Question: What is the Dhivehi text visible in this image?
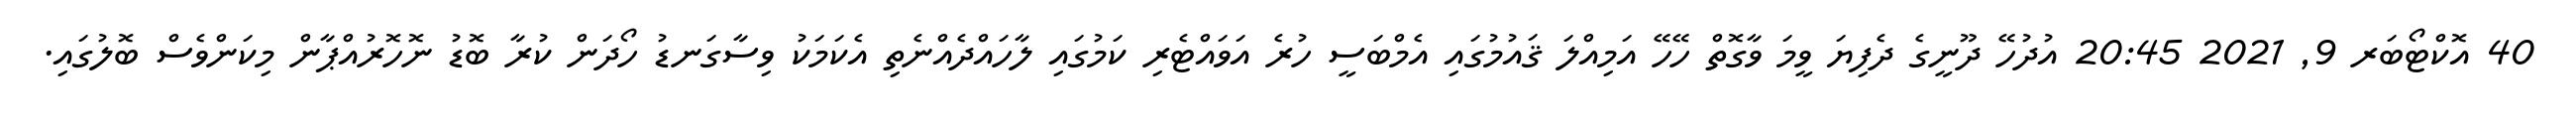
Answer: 40 އޮކްޓޯބަރ 9, 2021 20:45 އުދުހޭ ދޫނީގެ ދެފިޔަ ވީމަ ވާގޮތް ހޭހޭ އަމިއްލަ ޤައުމުގައި އެމްބަސީ ހުރެ އަވައްޓެރި ކަމުގައި ލާހައްދެއްނެތި އެކަމަކު ވިސާގަނޑު ހޯދަން ކުރާ ބޮޑު ނޮހޮރުއްޕާން މިކަންވެސް ބޮލުގައި.